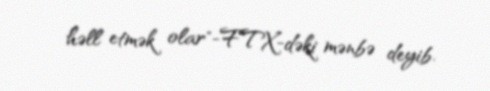
həll etmək olar"-FTX-dəki mənbə deyib.